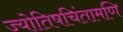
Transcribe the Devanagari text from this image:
ज्योतिषचिंतामणि